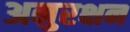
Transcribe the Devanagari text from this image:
अनुरक्षन